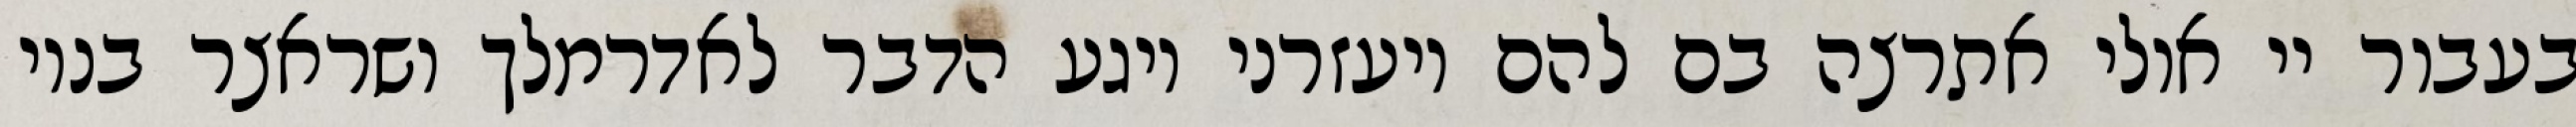
בעבור יי אולי אתרצה בם להם ויעזרני ויגע הדבר לאדרמלך ושראצר בניו